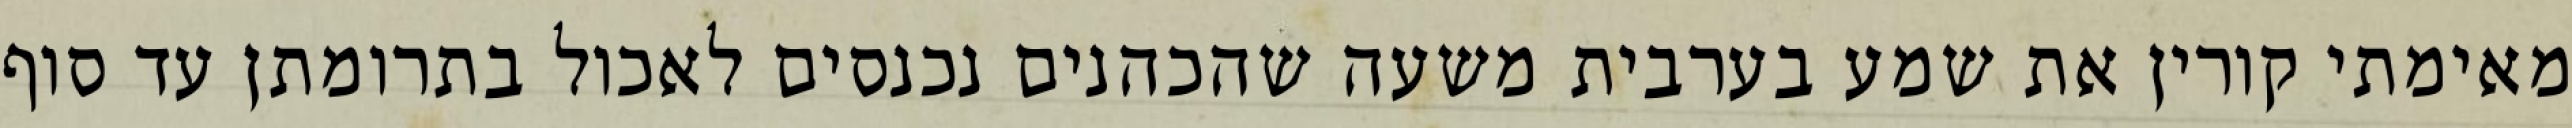
מאימתי קורין את שמע בערבית משעה שהכהנים נכנסים לאכול בתרומתן עד סוף